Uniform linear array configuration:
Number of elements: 16
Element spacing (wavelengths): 0.5
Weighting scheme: cosine
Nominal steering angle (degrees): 60
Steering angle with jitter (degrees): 61.672
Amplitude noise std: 0.05
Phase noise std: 0.05

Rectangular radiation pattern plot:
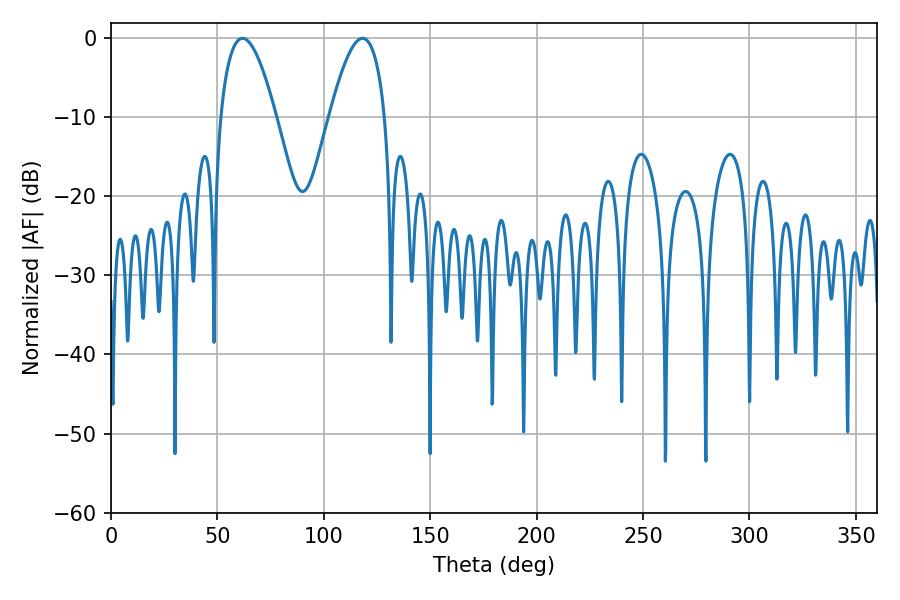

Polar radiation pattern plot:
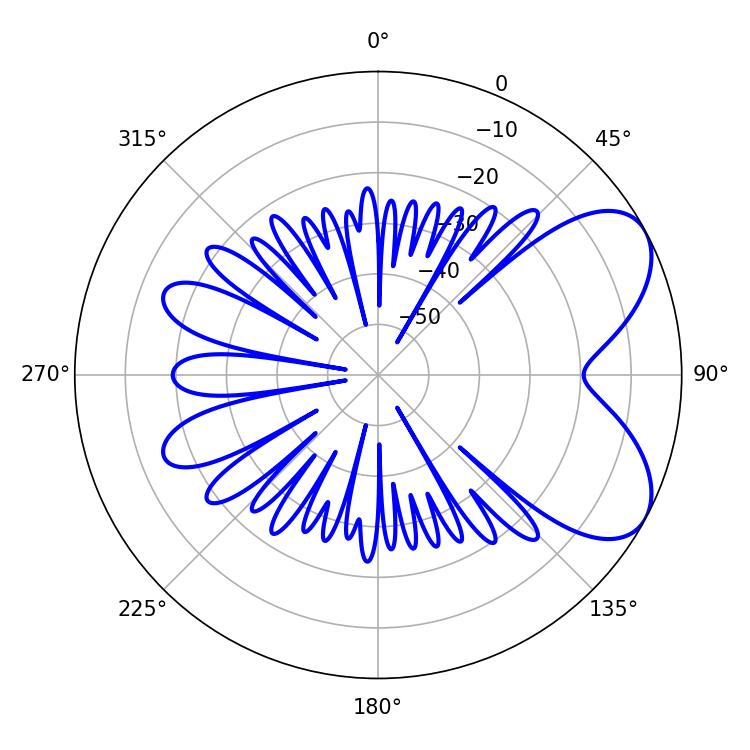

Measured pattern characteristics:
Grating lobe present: FALSE
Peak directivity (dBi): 6.305
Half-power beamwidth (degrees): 14.4
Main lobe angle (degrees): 61.74